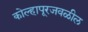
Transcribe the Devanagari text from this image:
कोल्हापूरजवळील